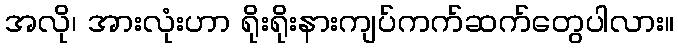
အလို၊ အားလုံးဟာ ရိုးရိုးနားကျပ်ကက်ဆက်တွေပါလား။